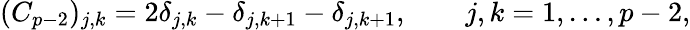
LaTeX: (C_{p-2})_{j,k}=2\delta_{j,k}-\delta_{j,k+1}-\delta_{j,k+1},\qquad j,k=1,\ldots,p-2,